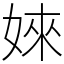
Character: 婡